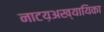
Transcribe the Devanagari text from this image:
नाटय़अख्यायिका